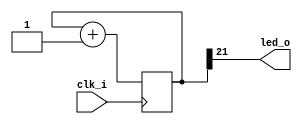
// Generated by MyHDL 0.11


`timescale 1ns/10ps

module blinker (
    clk_i,
    led_o
);


input clk_i;
output led_o;
wire led_o;

reg [21:0] cnt;




assign led_o = cnt[(22 - 1)];


always @(posedge clk_i) begin: BLINKER_LOC_INSTS_CHUNK_INSTS_K
    cnt <= (cnt + 1);
end

endmodule